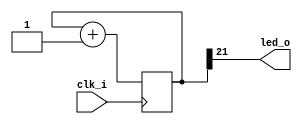
// Generated by MyHDL 0.11


`timescale 1ns/10ps

module blinker (
    clk_i,
    led_o
);


input clk_i;
output led_o;
wire led_o;

reg [21:0] cnt;




assign led_o = cnt[(22 - 1)];


always @(posedge clk_i) begin: BLINKER_LOC_INSTS_CHUNK_INSTS_K
    cnt <= (cnt + 1);
end

endmodule